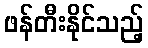
ဖန်တီးနိုင်သည့်